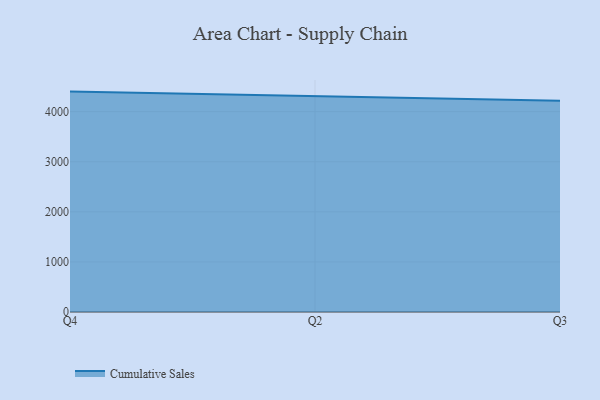
{"axis": {"x": "Quarter", "y": "Operating Costs (USD K)"}, "legend": ["Cumulative Sales"], "data": [{"x": "Q4", "y": 4400.8, "type": "Cumulative Sales"}, {"x": "Q2", "y": 4308.5, "type": "Cumulative Sales"}, {"x": "Q3", "y": 4218.1, "type": "Cumulative Sales"}]}